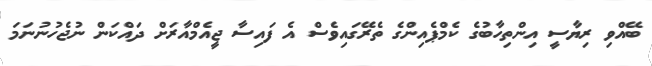
ބޭއްވި ރިޔާސީ އިންތިހާބުގެ ކެމްޕެއިންގެ ތެރޭގައިވެސް އެ ފައިސާ ޖީއެމްއާރަށް ދައްކަން ނުޖެހުނުނަމަ